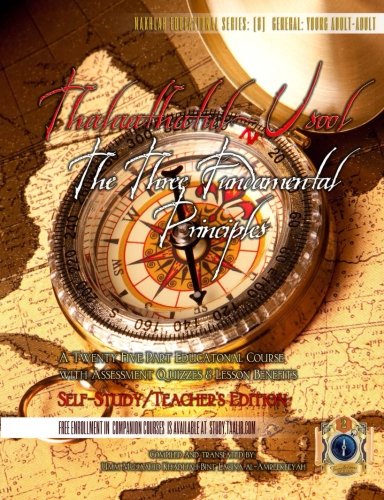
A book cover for Thalaathatul-Usool: The Three Fundamental Principles [Self Study/Teachers Edition]:: A Twenty Five Part Educational Course on Islaam; Umm Mujaahid Khadijah Bint Lacina Al-Amreekeeyah; Religion & Spirituality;